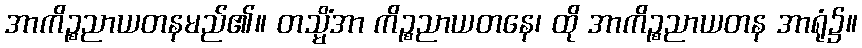
အာကိဉ္စညာယတနမည်၏။ တသ္မိံအာ ကိဉ္စညာယတနေ၊ ထို အာကိဉ္စညာယတန အာရုံ၌။